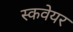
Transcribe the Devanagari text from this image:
स्कवेयर